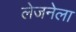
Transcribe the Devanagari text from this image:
लेजनेला